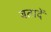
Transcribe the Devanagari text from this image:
बतादें